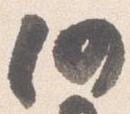
仍